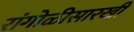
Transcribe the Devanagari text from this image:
रांगोळीसारखी